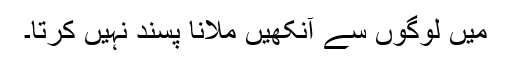
میں لوگوں سے آنکھیں ملانا پسند نہیں کرتا۔